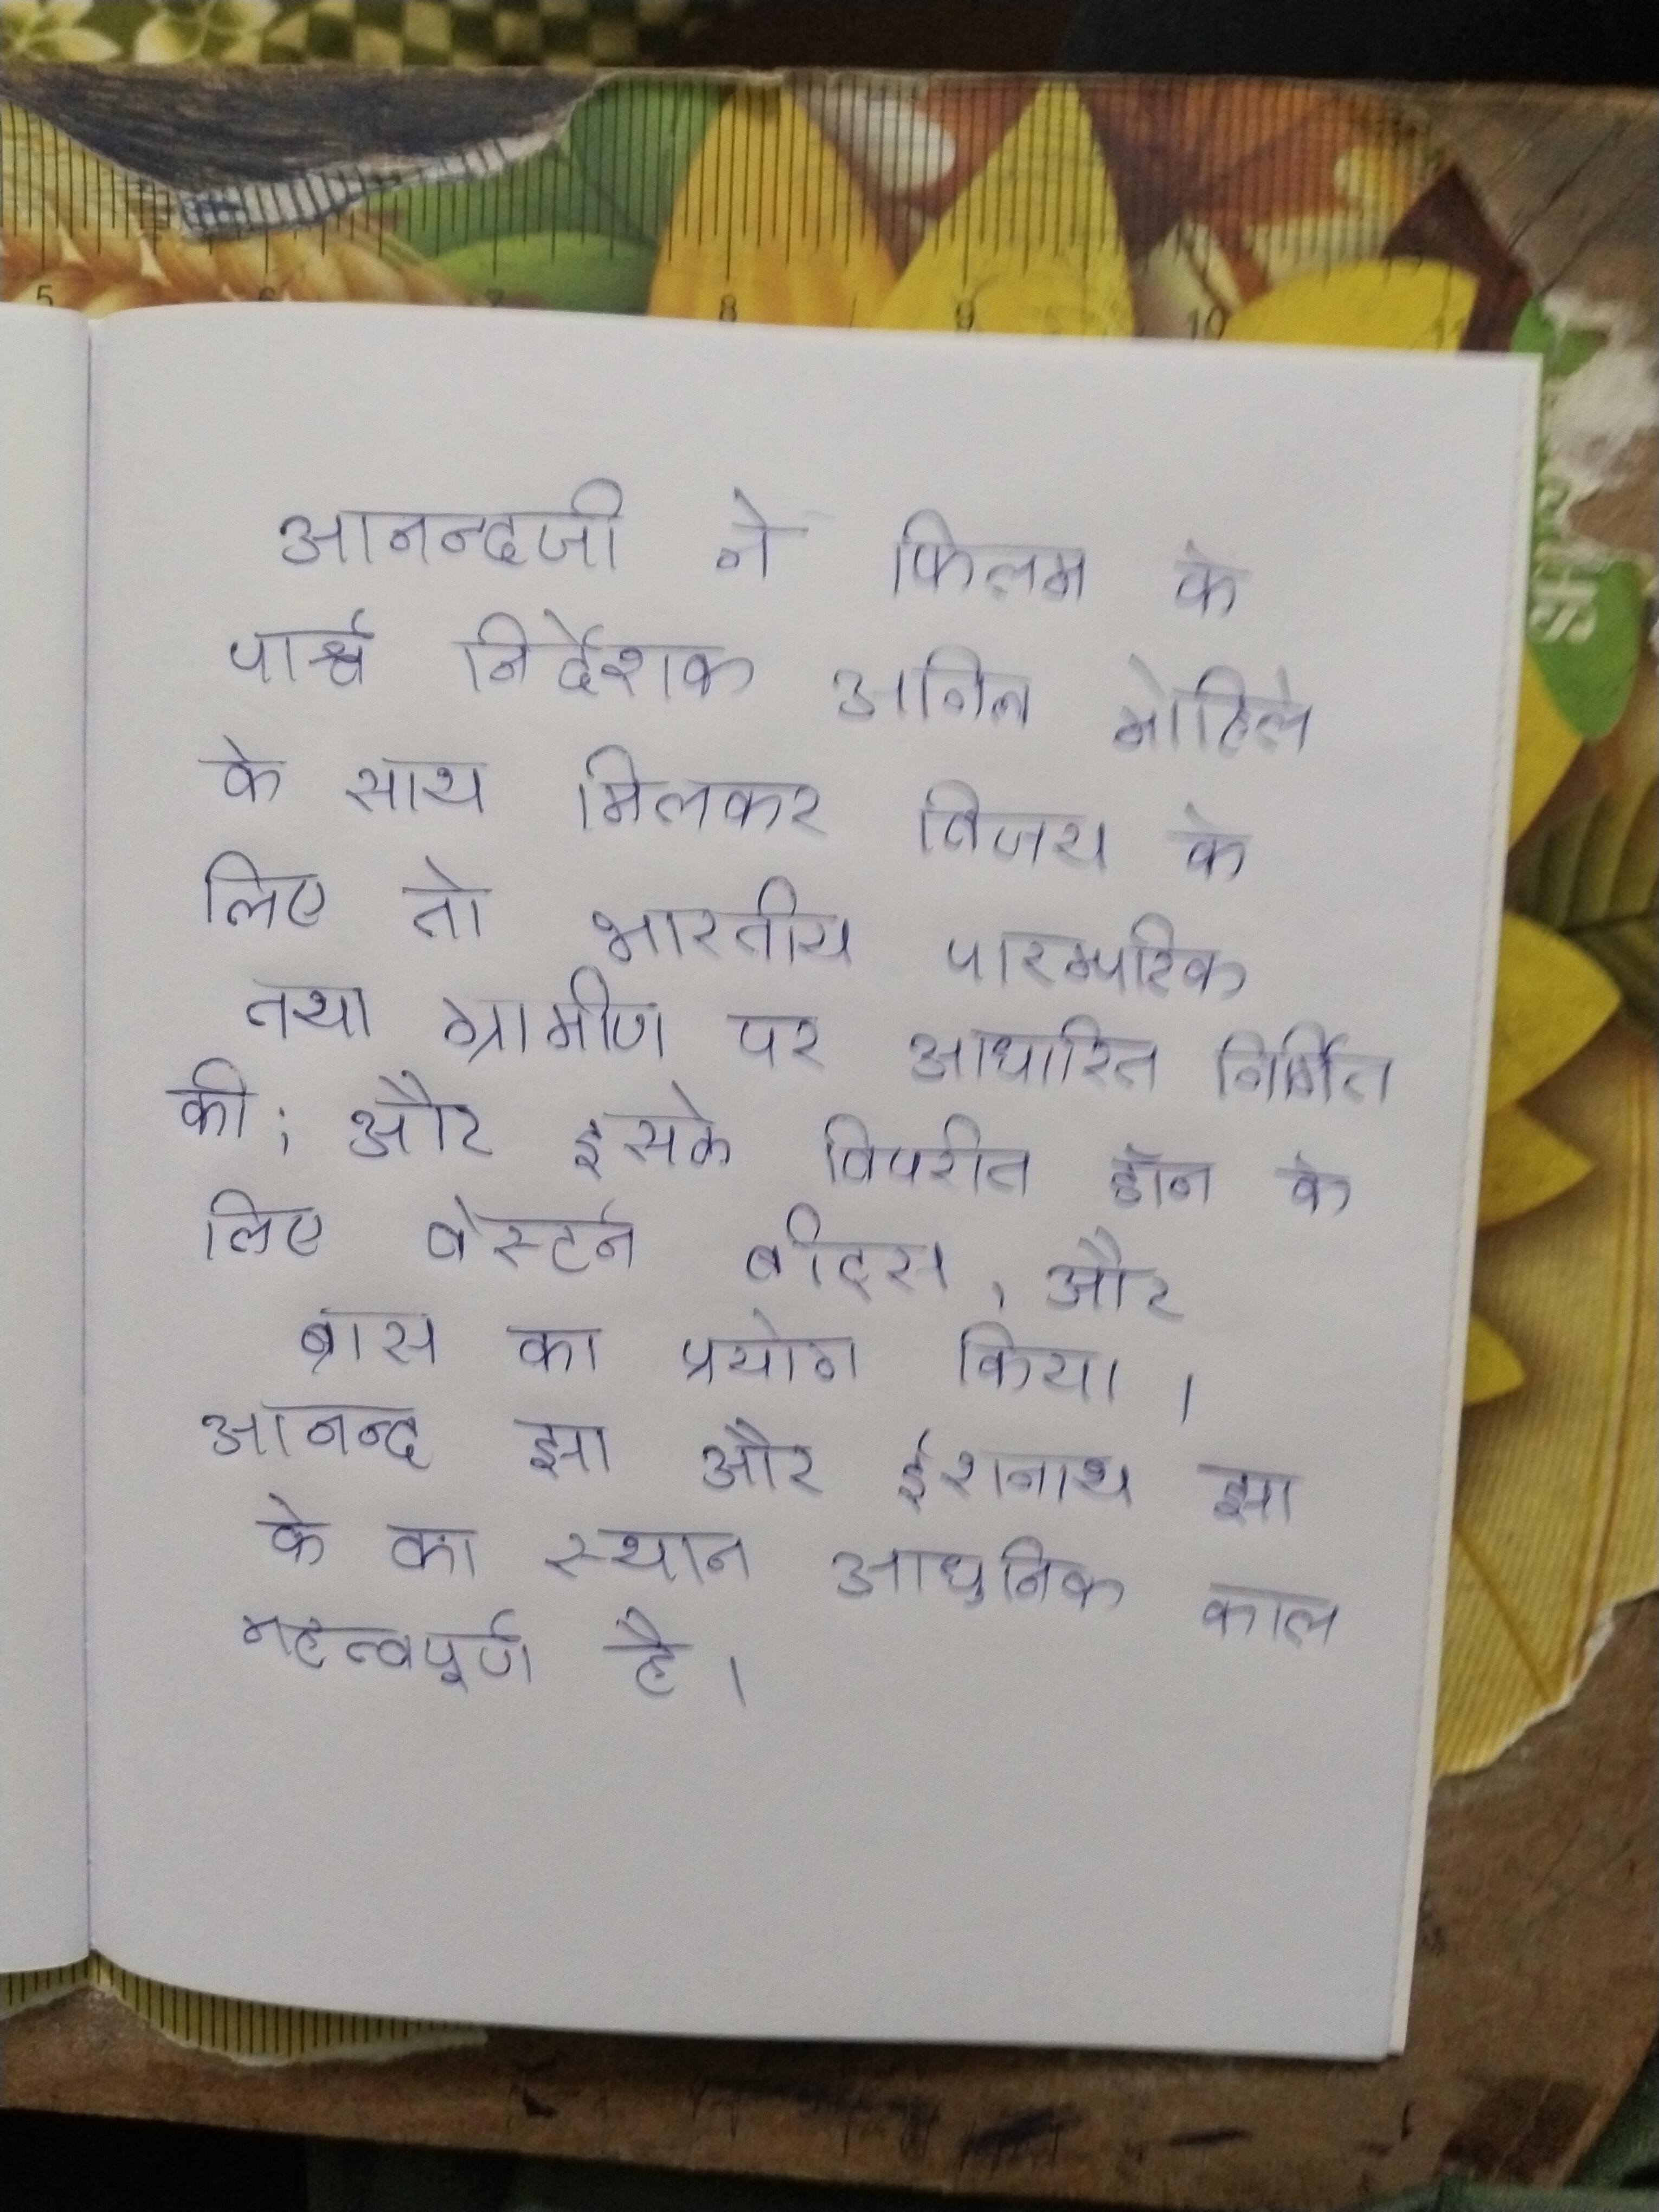
आनन्दजी ने फिल्म के पार्श्व निर्देशक अनिल मोहिले के साथ मिलकर विजय के लिए तो भारतीय पारम्परिक तथा ग्रामीण पर आधारित निर्मित की; और इसके विपरीत डॉन के लिए वेस्टर्न बीट्स, और ब्रास का प्रयोग किया । आनन्द झा और ईशनाथ झा के का स्थान आधुनिक काल महत्वपूर्ण है ।